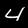
Label: 4